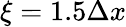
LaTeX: \xi=1.5\Delta x